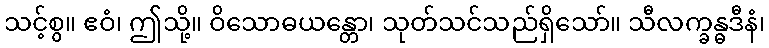
သင့်စွ။ ဧဝံ၊ ဤသို့။ ဝိသောဓယန္တော၊ သုတ်သင်သည်ရှိသော်။ သီလက္ခန္ဓဒီနံ၊